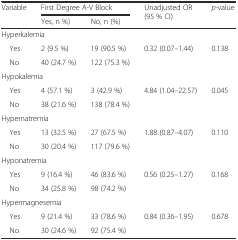
| <ROWSPAN=2> Variable | <COLSPAN=2> First Degree A-V Block | <ROWSPAN=2> Unadjusted OR (95 % CI) | <ROWSPAN=2> p-value |
 | Yes, n %) | No, n (%) |
 | --- | --- | --- | --- | --- |
 | <COLSPAN=5> Hyperkalemia |
 | Yes | 2 (9.5 %) | 19 (90.5 %) | <ROWSPAN=2> 0.32 (0.07–1.44) | <ROWSPAN=2> 0.138 |
 | No | 40 (24.7 %) | 122 (75.3 %) |
 | <COLSPAN=5> Hypokalemia |
 | Yes | 4 (57.1 %) | 3 (42.9 %) | <ROWSPAN=2> 4.84 (1.04–22.57) | <ROWSPAN=2> 0.045 |
 | No | 38 (21.6 %) | 138 (78.4 %) |
 | <COLSPAN=5> Hypernatremia |
 | Yes | 13 (32.5 %) | 27 (67.5 %) | <ROWSPAN=2> 1.88 (0.87–4.07) | <ROWSPAN=2> 0.110 |
 | No | 30 (20.4 %) | 117 (79.6 %) |
 | <COLSPAN=5> Hyponatremia |
 | Yes | 9 (16.4 %) | 46 (83.6 %) | <ROWSPAN=2> 0.56 (0.25–1.27) | <ROWSPAN=2> 0.168 |
 | No | 34 (25.8 %) | 98 (74.2 %) |
 | <COLSPAN=5> Hypermagnesemia |
 | Yes | 9 (21.4 %) | 33 (78.6 %) | <ROWSPAN=2> 0.84 (0.36–1.95) | <ROWSPAN=2> 0.678 |
 | No | 30 (24.6 %) | 92 (75.4 %) |